Indian journal of veterinary science and animal husbandry - Volume 10,
Year: 1940
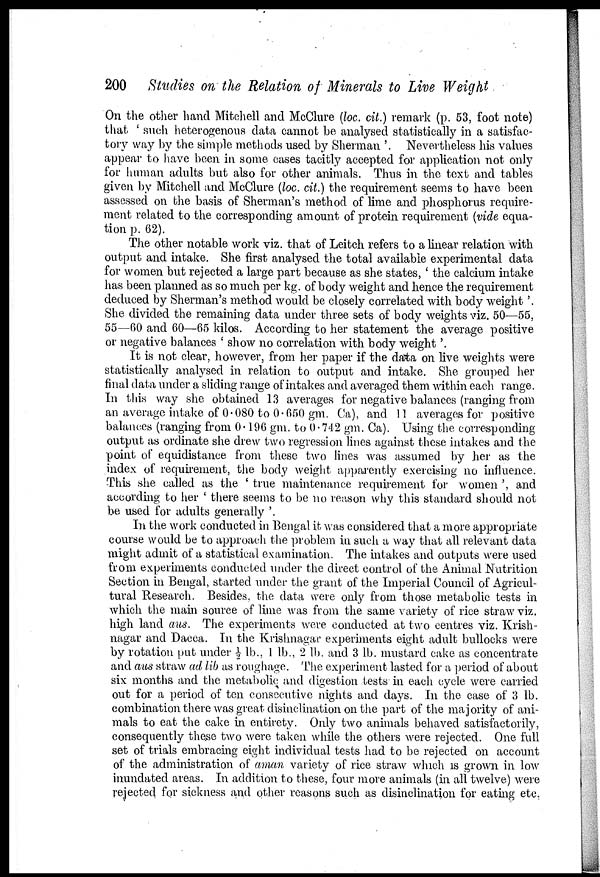
200 Studies on the Relation of Minerals to Live Weight
On the other hand Mitchell and McClure (loc. cit.) remark (p. 53, foot note)
that ' such heterogenous data cannot be analysed statistically in a satisfac-
tory way by the simple methods used by Sherman '. Nevertheless his values
appear to have been in some cases tacitly accepted for application not only
for human adults but also for other animals. Thus in the text and tables
given by Mitchell and McClure (loc. cit.) the requirement seems to have been
assessed on the basis of Sherman's method of lime and phosphorus require-
ment related to the corresponding amount of protein requirement (vide equa-
tion p. 62).
The other notable work viz. that of Leitch refers to a linear relation with
output and intake. She first analysed the total available experimental data
for women but rejected a large part because as she states, ' the calcium intake
has been planned as so much per kg. of body weight and hence the requirement
deduced by Sherman's method would be closely correlated with body weight'.
She divided the remaining data under three sets of body weights viz. 50—55,
55—60 and 60—65 kilos. According to her statement the average positive
or negative balances ' show no correlation with body weight'.
It is not clear, however, from her paper if the data on live weights were
statistically analysed in relation to output and intake. She grouped her
final data under a sliding range of intakes and averaged them within each range.
In this way she obtained 13 averages for negative balances (ranging from
an average intake of 0.080 to 0.650 gm. Ca), and 11 averages for positive
balances (ranging from 0.196 gm. to 0.742 gm. Ca). Using the corresponding
output as ordinate she drew two regression lines against these intakes and the
point of equidistance from these two lines was assumed by her as the
index of requirement, the body weight apparently exercising no influence.
This she called as the ' true maintenance requirement for women ', and
according to her ' there seems to be no reason why this standard should not
be used for adults generally '.
In the work conducted in Bengal it was considered that a more appropriate
course would be to approach the problem in such a way that all relevant data
might admit of a statistical examination. The intakes and outputs were used
from experiments conducted under the direct control of the Animal Nutrition
Section in Bengal, started under the grant of the Imperial Council of Agricul-
tural Research. Besides, the data were only from those metabolic tests in
which the main source of lime was from the same variety of rice straw viz.
high land aus. The experiments were conducted at two centres viz. Krish-
nagar and Dacca. In the Krishnagar experiments eight adult bullocks were
by rotation put under ½ lb., 1 lb., 2 lb. and 3 lb. mustard cake as concentrate
and aus straw ad lib as roughage. The experiment lasted for a period of about
six months and the metabolic and digestion tests in each cycle were carried
out for a period of ten consecutive nights and days. In the case of 3 lb.
combination there was great disinclination on the part of the majority of ani-
mals to eat the cake in entirety. Only two animals behaved satisfactorily,
consequently these two were taken while the others were rejected. One full
set of trials embracing eight individual tests had to be rejected on account
of the administration of aman variety of rice straw which is grown in low
inundated areas. In addition to these, four more animals (in all twelve) were
rejected for sickness and other reasons such as disinclination for eating etc.